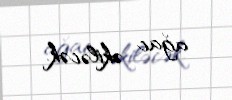
ağac əkiləcək.